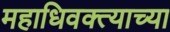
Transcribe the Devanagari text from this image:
महाधिवक्त्याच्या